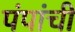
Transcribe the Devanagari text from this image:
पंपांची